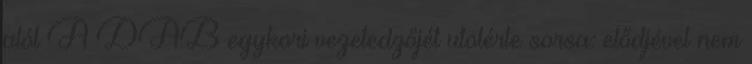
alól A DAB egykori vezetedzőjét utolérte sorsa: elődjével nem